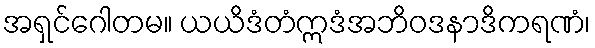
အရှင်ဂေါတမ။ ယယိဒံတံဣဒံအဘိဝဒနာဒိကရဏံ၊